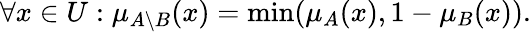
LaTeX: \forall x\in{U}:\mu_{A\setminus{B}}(x)=\operatorname*{min}(\mu_{A}(x),1-\mu_{B}(x)).